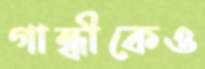
গান্ধীকেও